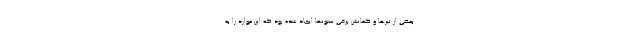
بعضی از تیرها و کمانش برخی ستونها ایجاد شده بود که این موارد را به